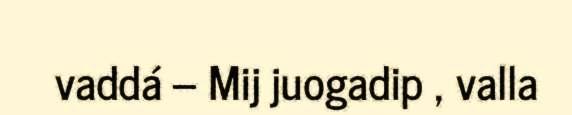
vaddá – Mij juogadip , valla